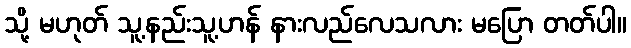
သို့ မဟုတ် သူ့နည်းသူ့ဟန် နားလည်လေသလား မပြော တတ်ပါ။